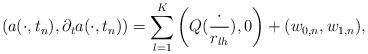
\begin{align*}(a(\cdot,t_n),\partial_ta(\cdot,t_n))=\sum_{l=1}^{K}\left(Q(\frac{\cdot}{r_{lh}}),0\right)+(w_{0,n},w_{1,n}),\end{align*}